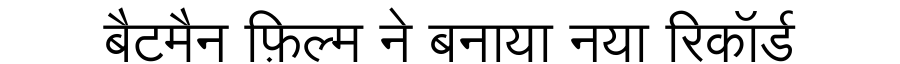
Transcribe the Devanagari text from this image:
बैटमैन फ़िल्म ने बनाया नया रिकॉर्ड